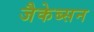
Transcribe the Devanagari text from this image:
जैकेब्सन